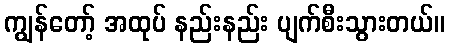
ကျွန်တော့် အထုပ် နည်းနည်း ပျက်စီးသွားတယ်။